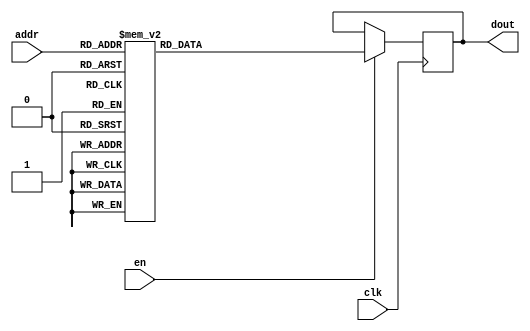
`timescale 1ns / 1ps
/*
Copyright
All right reserved.
Module Name: rom_syn
Author  : Zichuan Liu, Yixing Li and Wenye Liu.
Description:
A synthesized ROM: ROM_DEP x ROM_WID
*/
module DC_7_REF_ROM_12(
// inputs
clk,
en,
addr,
// outputs
dout
);
localparam ROM_WID = 14;
localparam ROM_DEP = 32;
localparam ROM_ADDR = 5;
// input definition
input clk;
input en;
input [ROM_ADDR-1:0] addr;
// output definition
output [ROM_WID-1:0] dout;
reg [ROM_WID-1:0] data;
always @(posedge clk)
begin
if (en) begin
case(addr)
		5'd0: data <= 14'b01001000010011;
		5'd1: data <= 14'b01001000000010;
		5'd2: data <= 14'b01001001110010;
		5'd3: data <= 14'b01001001100010;
		5'd4: data <= 14'b01001110001101;
		5'd5: data <= 14'b01001100100110;
		5'd6: data <= 14'b01001001010111;
		5'd7: data <= 14'b01001001100110;
		5'd8: data <= 14'b01000101110111;
		5'd9: data <= 14'b01000110110010;
		5'd10: data <= 14'b01000111100111;
		5'd11: data <= 14'b01001110100000;
		5'd12: data <= 14'b01001000010010;
		5'd13: data <= 14'b01000111110001;
		5'd14: data <= 14'b01001111011010;
		5'd15: data <= 14'b01001010010010;
		5'd16: data <= 14'b01000111111111;
		5'd17: data <= 14'b01001010101010;
		5'd18: data <= 14'b01000101010101;
		5'd19: data <= 14'b01000011111001;
		5'd20: data <= 14'b01001111001101;
		5'd21: data <= 14'b01000110011001;
		5'd22: data <= 14'b01001001011010;
		5'd23: data <= 14'b01001011001101;
		5'd24: data <= 14'b01001010001000;
		5'd25: data <= 14'b01001100000110;
		5'd26: data <= 14'b01000101011010;
		5'd27: data <= 14'b01000111100110;
		5'd28: data <= 14'b01000100111111;
		5'd29: data <= 14'b01000100101100;
		5'd30: data <= 14'b01010000010100;
		5'd31: data <= 14'b01001000111000;
		endcase
		end
	end
	assign dout = data;
endmodule